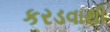
કરડવાથી